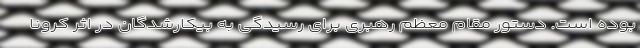
بوده است. دستور مقام معظم رهبری برای رسیدگی به بیکارشدگان در اثر کرونا